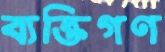
ব্যক্তিগণ